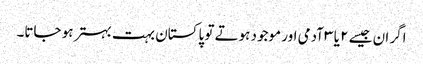
اگر ان جیسے ۲ یا ۳ آدمی اور موجود ہوتے تو پاکستان بہت بہتر ہو جاتا۔